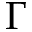
\Gamma